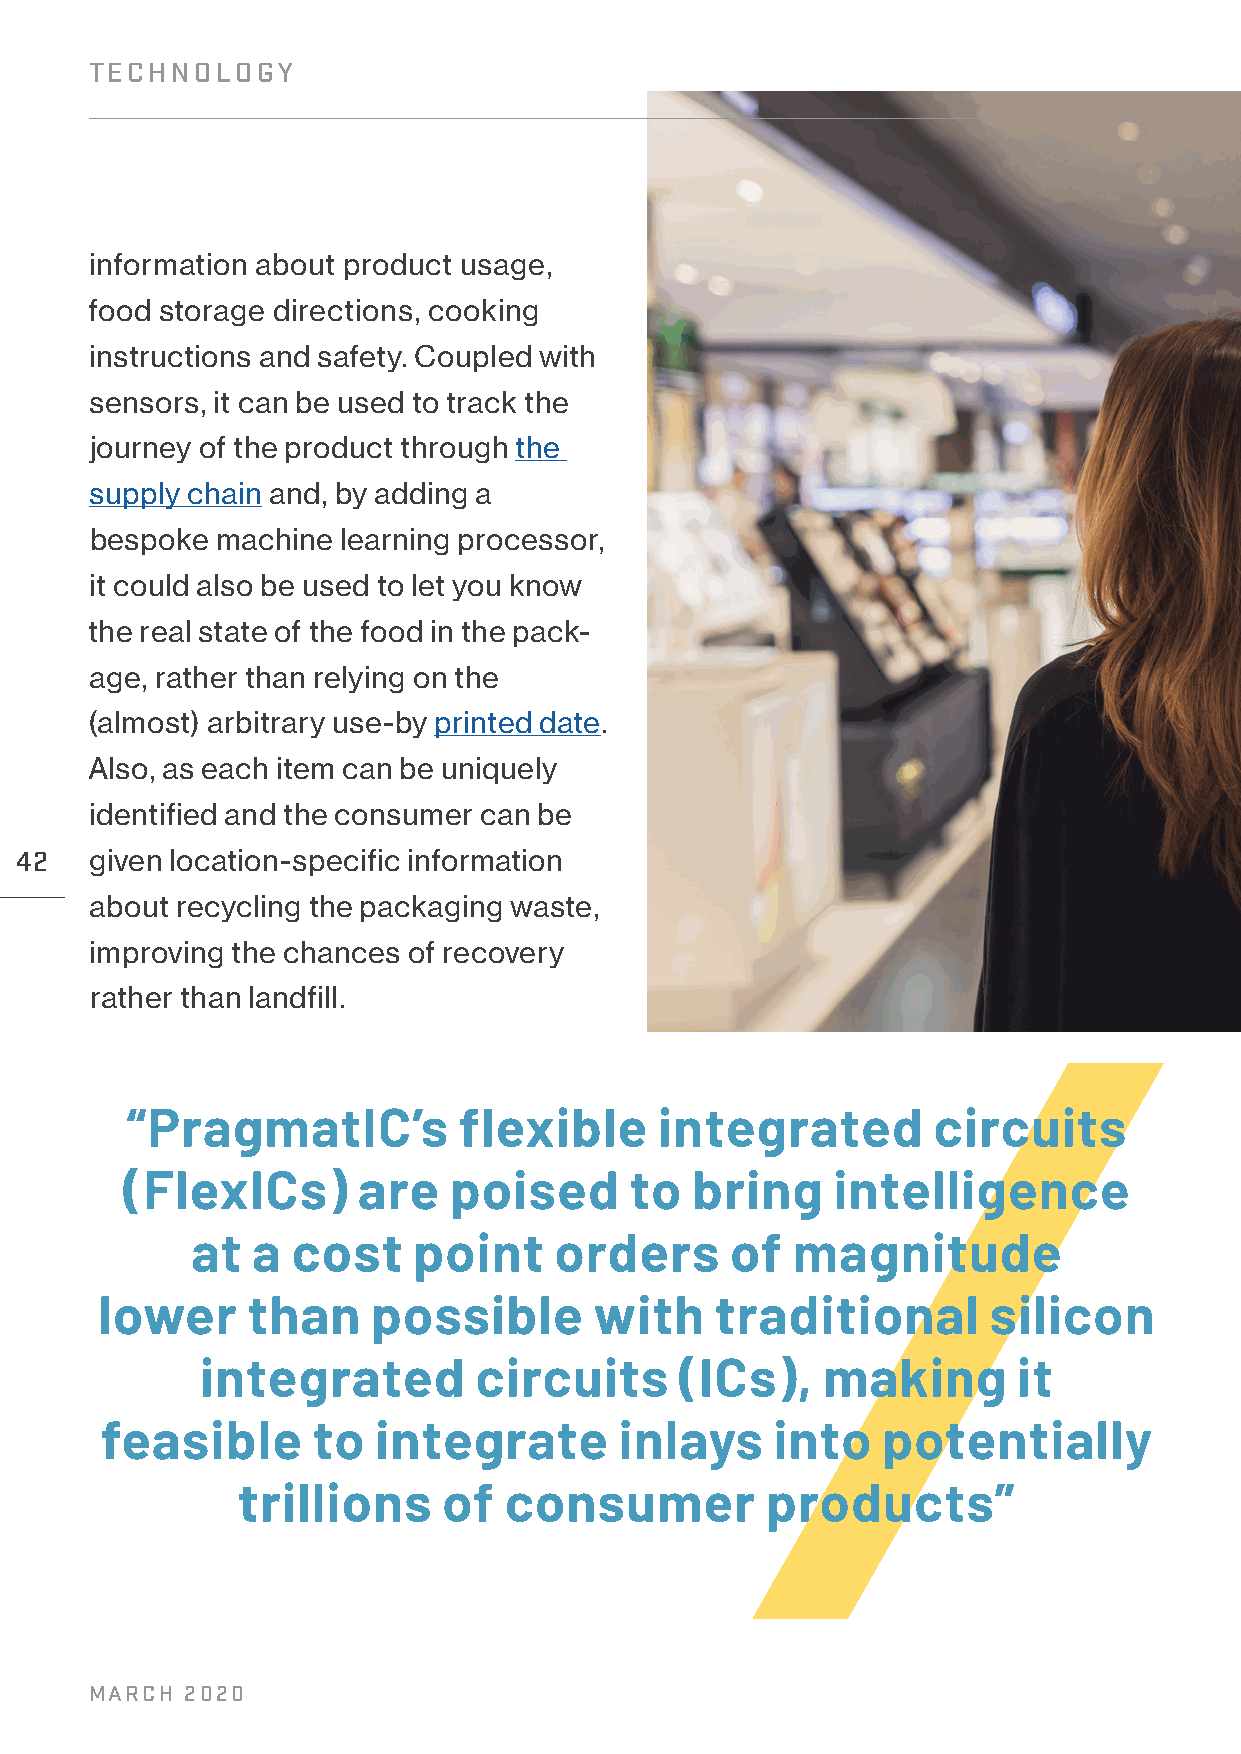
TECHNOLOGY
 information about product usage,
 food storage directions, cooking
 instructions and safety. Coupled with
 sensors, it can be used to track the
 journey of the product through the
 supply chain and, by adding a
 bespoke machine learning processor,
 it could also be used to let you know
 the real state of the food in the pack-
 age, rather than relying on the
 (almost) arbitrary use-by printed date.
 Also, as each item can be uniquely
 identified and the consumer can be
 42   given location-specific information
 about recycling the packaging waste,
 improving the chances of recovery
 rather than landfill.
 “PragmatIC’s          flexible      integrated        circuits
 (FlexICs)       are   poised      to  bring    intelligence
 at  a cost    point     orders     of  magnitude
 lower    than     possible      with    traditional       silicon
 integrated        circuits      (ICs),   making       it
 feasible      to  integrate       inlays    into   potentially
 trillions    of  consumer          products”
 MARCH 2020